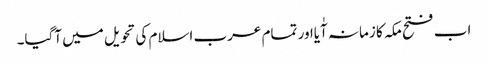
اب فتح مکہ کا زمانہ آٰیااور تمام عرب اسلام کی تحویل میں آگیا۔